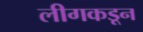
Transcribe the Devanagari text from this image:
लीगकडून